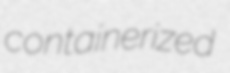
containerized